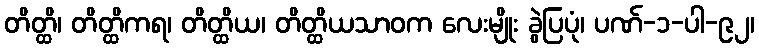
တိတ္ထိ၊ တိတ္ထိကရ၊ တိတ္ထိယ၊ တိတ္ထိယသာဝက လေးမျိုး ခွဲပြပုံ၊ ပဏ်-၁-ပါ-၉၂၊